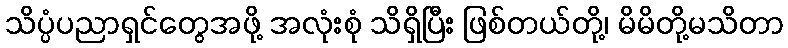
သိပ္ပံပညာရှင်တွေအဖို့ အလုံးစုံ သိရှိပြီး ဖြစ်တယ်တို့၊ မိမိတို့မသိတာ